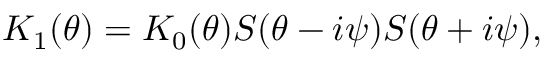
K _ { 1 } ( \theta ) = K _ { 0 } ( \theta ) S ( \theta - i \psi ) S ( \theta + i \psi ) ,